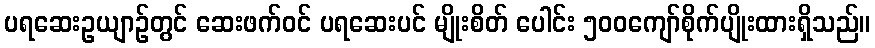
ပရဆေးဥယျာဉ်တွင် ဆေးဖက်ဝင် ပရဆေးပင် မျိုးစိတ် ပေါင်း ၅၀၀ကျော်စိုက်ပျိုးထားရှိသည်။